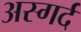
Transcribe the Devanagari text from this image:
अस्गर्द